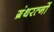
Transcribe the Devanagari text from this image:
ग्रंथरत्नों